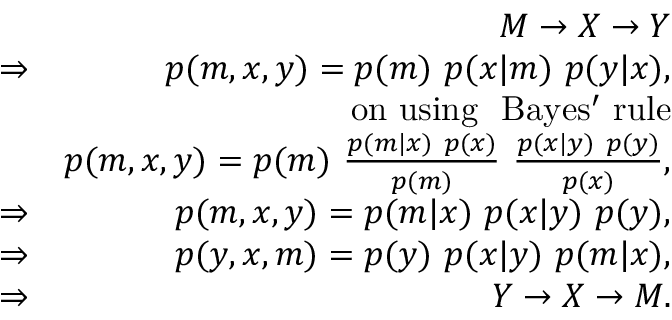
\begin{array} { r l r } & { ~ } & { M \rightarrow X \rightarrow Y } \\ & { \Rightarrow } & { p ( m , x , y ) = p ( m ) ~ p ( x | m ) ~ p ( y | x ) , } \\ & { ~ } & { \mathrm { o n ~ u s i n g ~ ~ B a y e s ' ~ r u l e } } \\ & { ~ } & { p ( m , x , y ) = p ( m ) ~ \frac { p ( m | x ) ~ p ( x ) } { p ( m ) } ~ \frac { p ( x | y ) ~ p ( y ) } { p ( x ) } , } \\ & { \Rightarrow } & { p ( m , x , y ) = p ( m | x ) ~ p ( x | y ) ~ p ( y ) , } \\ & { \Rightarrow } & { p ( y , x , m ) = p ( y ) ~ p ( x | y ) ~ p ( m | x ) , } \\ & { \Rightarrow } & { Y \rightarrow X \rightarrow M . } \end{array}